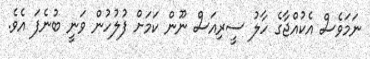
ނަމަވެސް އެކުއްޖާގެ ހާލު ސީރިއަސް ނޫން ކަމަށް ފުލުހުން ވަނީ ބުނެފަ އެވެ.